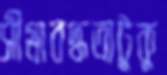
সীমাবদ্ধতাটুকু